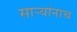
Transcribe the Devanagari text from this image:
सार्‍यांनाच